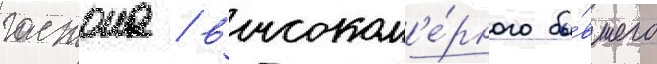
гастона / высоком'е́рного бы́вшего